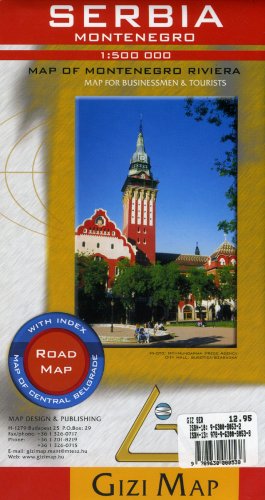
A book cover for Serbia and Montenegro Map (English, French, German and Russian Edition); Gizi Map; Travel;